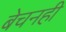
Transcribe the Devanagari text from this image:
बेचनही